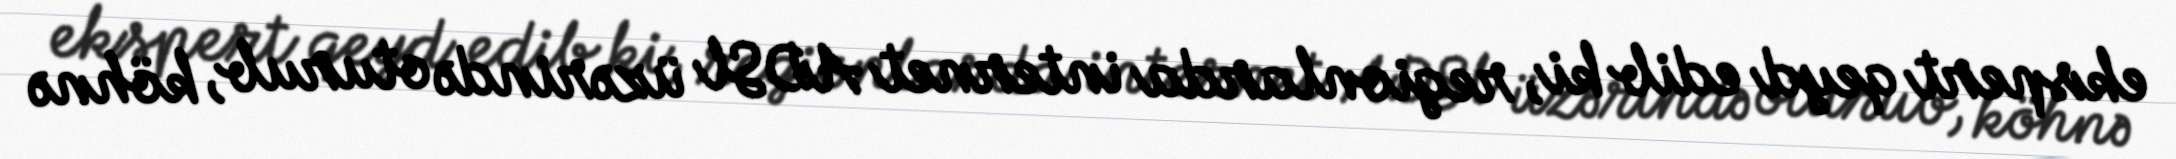
ekspert qeyd edib ki, regionlarda internet ADSl üzərində oturub, köhnə